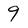
Character: 9